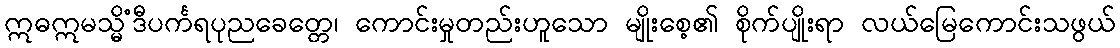
ဣဓဣမသ္မိံဒီပင်္ကရပုညခေတ္တေ၊ ကောင်းမှုတည်းဟူသော မျိုးစေ့၏ စိုက်ပျိုးရာ လယ်မြေကောင်းသဖွယ်